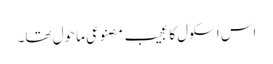
اس اسکول کا عجیب مصنوعی ماحول تھا۔